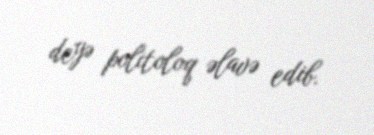
deyə politoloq əlavə edib.